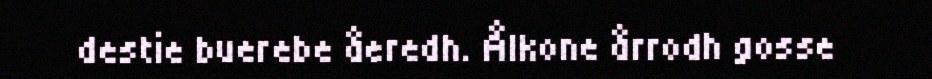
destie buerebe åeredh. Ålkone årrodh gosse